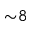
{ \sim } 8